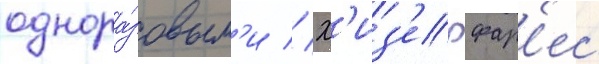
однора́зовым'и // Х'из'ер фар'ес